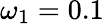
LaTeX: \omega_{1}=0.1